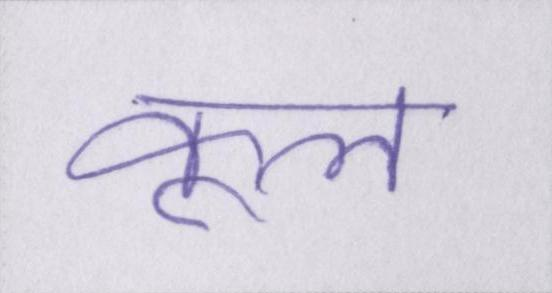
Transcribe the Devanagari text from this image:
कूल